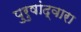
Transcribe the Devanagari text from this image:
पुरुषांद्वारा